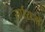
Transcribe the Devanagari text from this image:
सर्पराजों